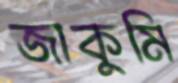
জাকুমি